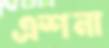
এশনা